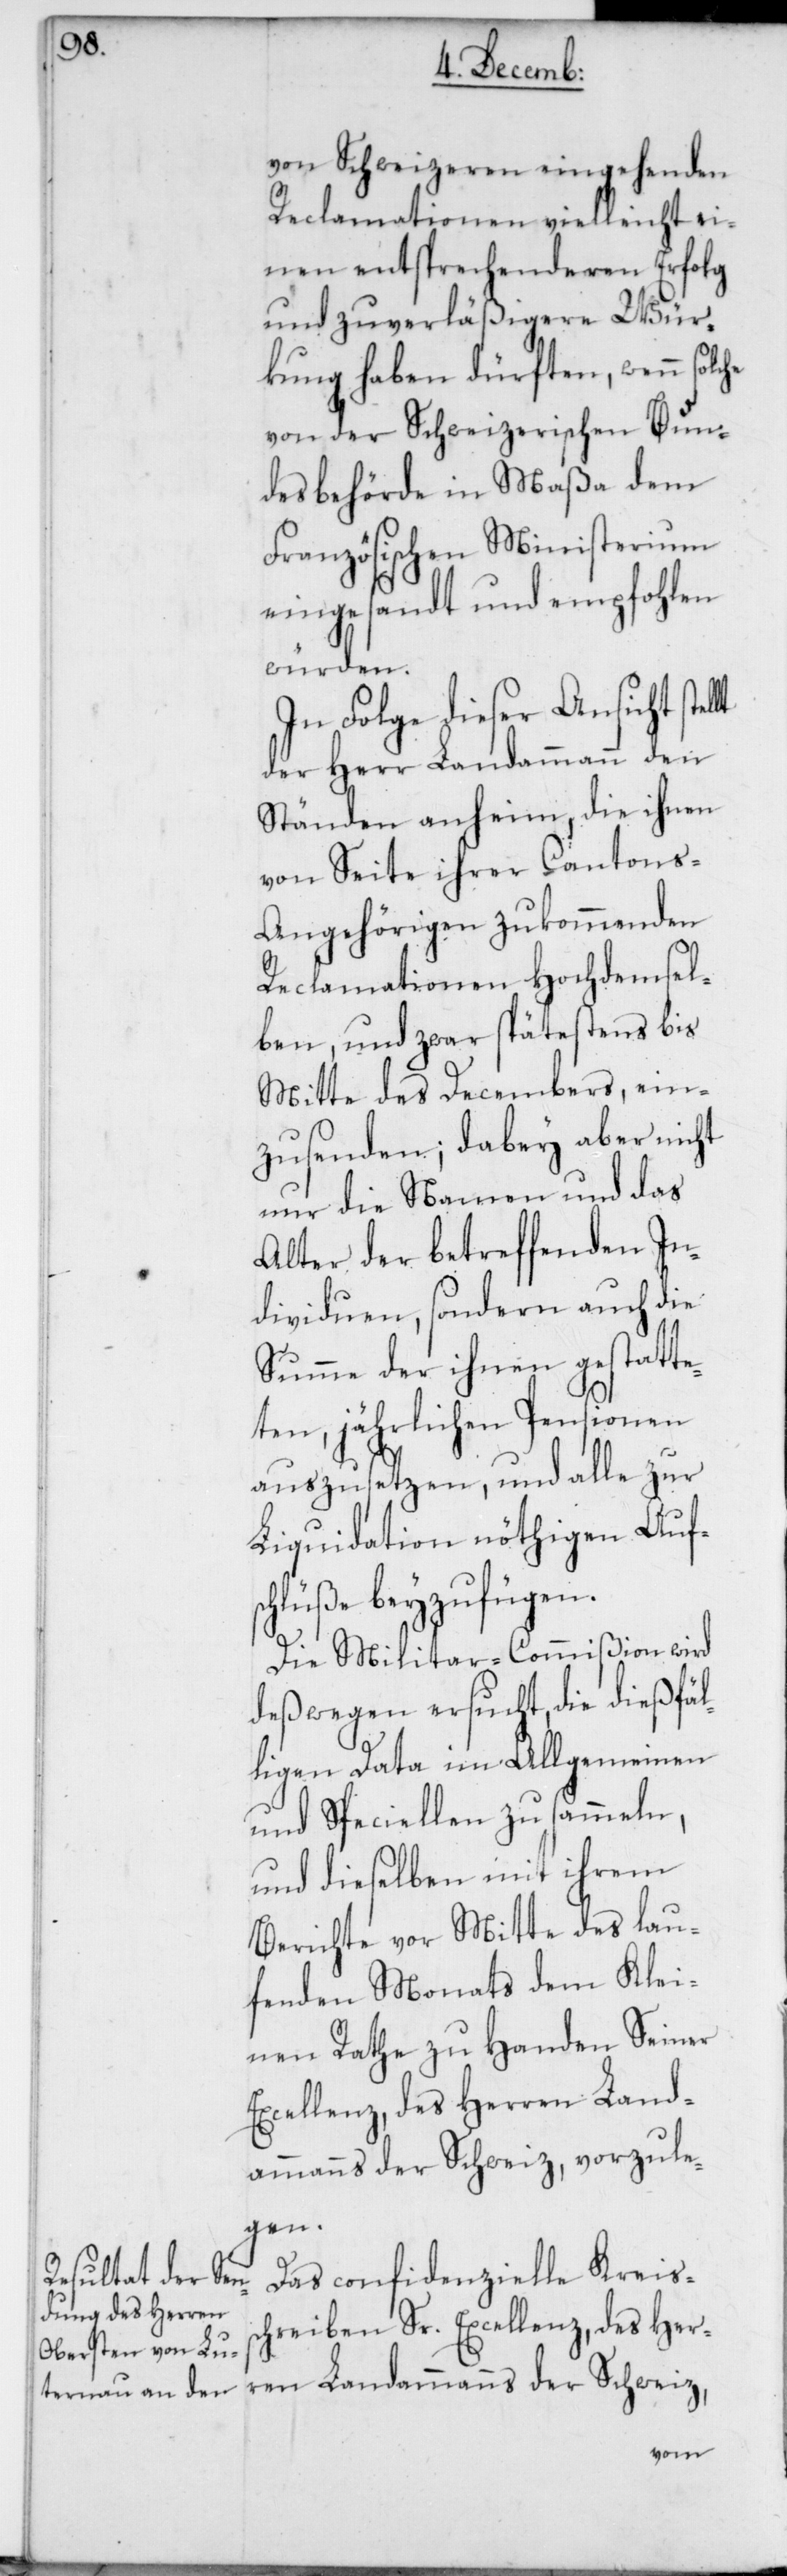
he

von Schweizeren eingehenden
Reclamationen vielleicht ei¬
nen entsprechenderen Erfolg
und zuverläßigere Wür¬
kung haben dürften, wenn solc¬
von der Schweizerischen Bun¬
desbehörde in Maßa dem
Französischen Ministerium
eingesandt und empfohlen
würden.
In Folge dieser Ansicht
der Herr Landammann den
Ständen anheim, die ihnen
von Seite ihrer Canton¬
s-Angehörigen zukommenden
Reclamationen hochdemsel¬
ben, und zwar spätestens bis
Mitte des Decembers, ein¬
zusenden; dabey aber nicht
nur die Namen und das
Alter der betreffenden In¬
dividuen, sondern auch die
Summe der ihnen gestatte¬
ten, jährlichen Pensionen
auszusetzen, und alle zur
Liquidation nöthigen Aufs¬
chlüße beyzufügen.
Die Militar-Commißion wird
deswegen ersucht, die dießfäl¬
ligen Data im Allgemeinen
und Speciellen zu sammeln,
und dieselben mit ihrem
Berichte vor Mitte des lau¬
fenden Monats dem Klei¬
nen Rathe zu Handen Seiner
Excellenz, des Herren Land¬
ammanns der Schweiz, vorzule¬
ren
Das confidenzielle Kreiss¬
chreiben Sr. Excellenz, des Her¬